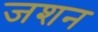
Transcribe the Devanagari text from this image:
जशन